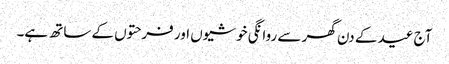
آج عید کے دن گھر سے روانگی خوشیوں اور فرحتوں کے ساتھ ہے۔